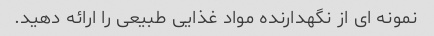
نمونه ای از نگهدارنده مواد غذایی طبیعی را ارائه دهید.